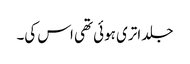
جلد اتری ہوئی تھی اس کی۔